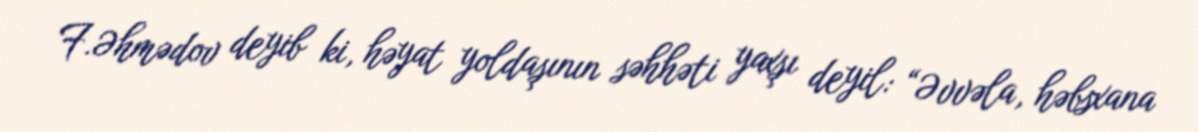
F.Əhmədov deyib ki, həyat yoldaşının səhhəti yaxşı deyil: “Əvvəla, həbsxana